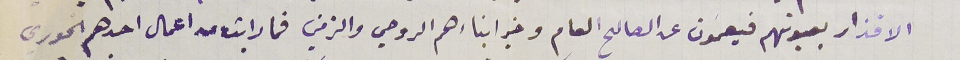
الاقذار بعيونهم فيعمون عن الصالح العام وخير ابناءهم الروحي والزمني فما رايت من اعمال احدهم الخورى